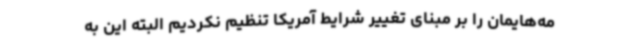
مه‌هایمان را بر مبنای تغییر شرایط آمریکا تنظیم نکردیم البته این به